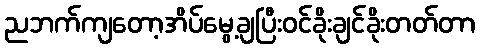
ညဘက်ကျတော့အိပ်မွေ့ချပြီးဝင်ခိုးချင်ခိုးတတ်တာ